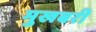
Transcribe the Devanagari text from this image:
मुखबरी